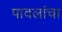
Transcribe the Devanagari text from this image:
पावलांचा